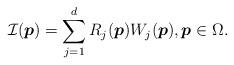
LaTeX: \begin{align*}{\cal I}( \boldsymbol{p})= \sum_{j=1}^{d} R_j( \boldsymbol{p} ) W_j ( \boldsymbol{p}), \boldsymbol{p} \in \Omega.\end{align*}